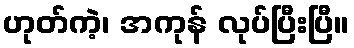
ဟုတ်ကဲ့၊ အကုန် လုပ်ပြီးပြီ။